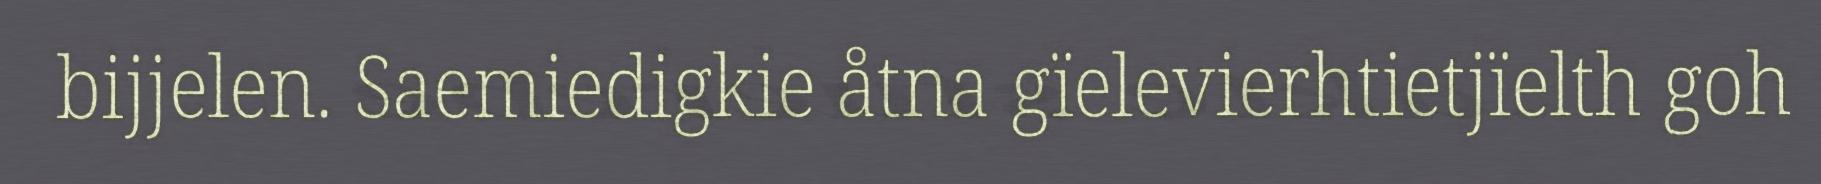
bijjelen. Saemiedigkie åtna gïelevierhtietjïelth goh